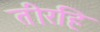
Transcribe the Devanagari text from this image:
तीरहि